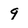
Character: 9